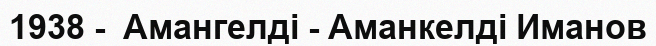
1938 -  Амангелді - Аманкелді Иманов